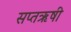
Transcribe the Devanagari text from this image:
सप्तऋषी